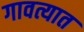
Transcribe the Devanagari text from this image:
गावत्यात